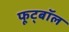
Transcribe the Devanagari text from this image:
फूट्बॉल